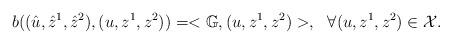
LaTeX: \begin{align*}b((\hat{u},\hat{z}^1,\hat{z}^2),(u,z^1,z^2))=<\mathbb{G},(u,z^1,z^2)>,\ \ \forall (u,z^1,z^2) \in \mathcal{X}.\end{align*}